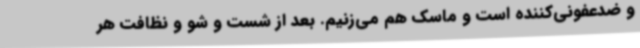
و ضدعفونی‌کننده است و ماسک هم می‌زنیم. بعد از شست و شو و نظافت هر